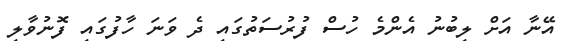
އޭނާ އަށް ލިބުނު އެންމެ ހުސް ފުރުސަތުގައި ދެ ވަނަ ހާފުގައި ފޮނުވާލި